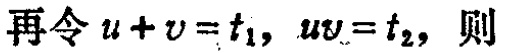
再令\(u + v = t_1, uv = t_2\)，则